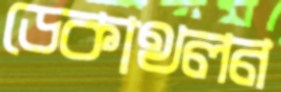
ডেকাথলন